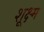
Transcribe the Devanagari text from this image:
शूक्ष्म